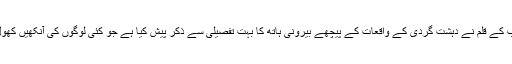
طارق اسمٰعیل ساگر صاحب کے قلم نے دہشت گردی کے واقعات کے پیچھے بیرونی ہاتھ کا بہت تفصیلی سے ذکر پیش کیا ہے جو کئی لوگوں کی آنکھیں کھول دینے کے لئے کافی ہے۔